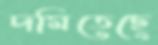
দমিতেছে